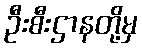
ဦးစီးဌာနတို့မှ